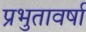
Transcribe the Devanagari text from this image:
प्रभुतावर्षा